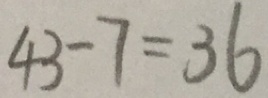
4 3 - 7 = 3 6